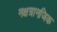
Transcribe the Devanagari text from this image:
नक्षत्रानजिक